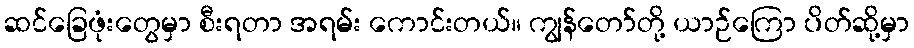
ဆင်ခြေဖုံးတွေမှာ စီးရတာ အရမ်း ကောင်းတယ်။ ကျွန်တော်တို့ ယာဉ်ကြော ပိတ်ဆို့မှာ